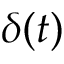
\delta ( t )